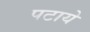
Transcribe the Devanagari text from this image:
पटाये